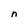
Character: n